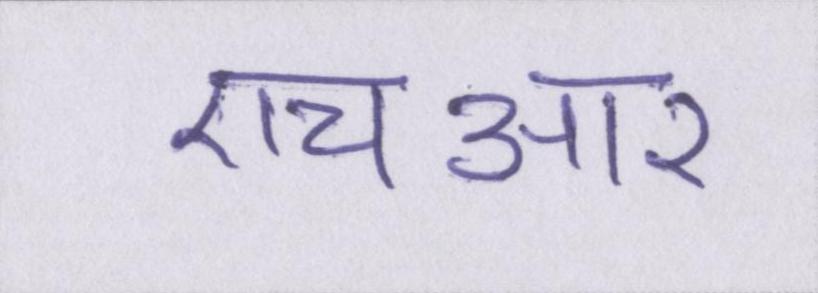
एचआर